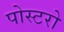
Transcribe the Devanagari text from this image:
पोस्टरो